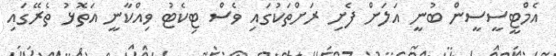
އެމްޓީސީސީން ބުނީ އަލަށް ފެށި ރަށްތަކުގައި ވެސް ޓިކެޓު ވިއްކާނީ އަތޮޅު ތެރޭގައި